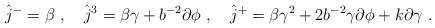
\begin{align*}\hat{j}^- = \beta ~, \quad \hat{j}^3 = \beta\gamma + b^{-2}\partial\phi ~, \quad \hat{j}^+ = \beta\gamma^2 + 2b^{-2}\gamma\partial\phi + k\partial\gamma ~.\end{align*}